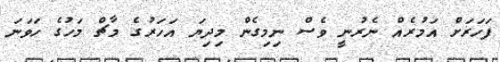
ފަހަރަށް އަމުރެއް ނެރުނީ ވެސް ނިމިގެން މިދިޔަ އަހަރުގެ މާޗް މަހުގެ ހަވަނަ